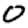
Digit: 0